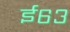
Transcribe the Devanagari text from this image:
ई६३